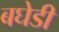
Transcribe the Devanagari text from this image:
बघेडी